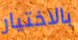
بالاختيار